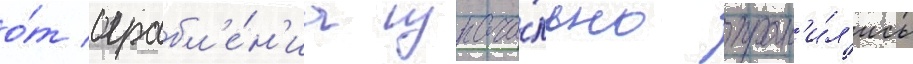
о́т ограбл'е́н'иа изнача́льно хран'и́л'ись